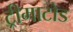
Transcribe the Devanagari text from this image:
ट्रीमाटोड